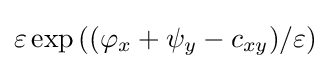
\varepsilon \exp \left((\varphi _{x}+\psi _{y}-c_{xy})/\varepsilon \right)